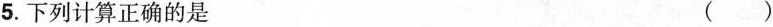
5.下列计算正确的是 ()